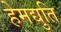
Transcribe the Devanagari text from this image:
हेमद्युति